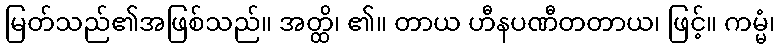
မြတ်သည်၏အဖြစ်သည်။ အတ္ထိ၊ ၏။ တာယ ဟီနပဏီတတာယ၊ ဖြင့်။ ကမ္မံ၊